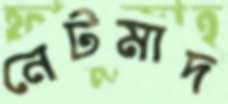
নেটমাদ